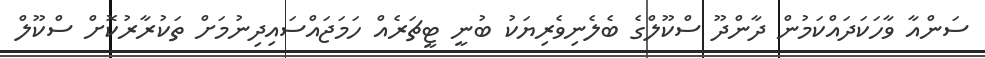
ސަންއާ ވާހަކަދައްކަމުން ދާންދޫ ސްކޫލްގެ ބެލެނިވެރިޔަކު ބުނީ ޓީޗަރެއް ހަމަޖައްސައިދިނުމަށް ތަކުރާރުކޮށް ސްކޫލް